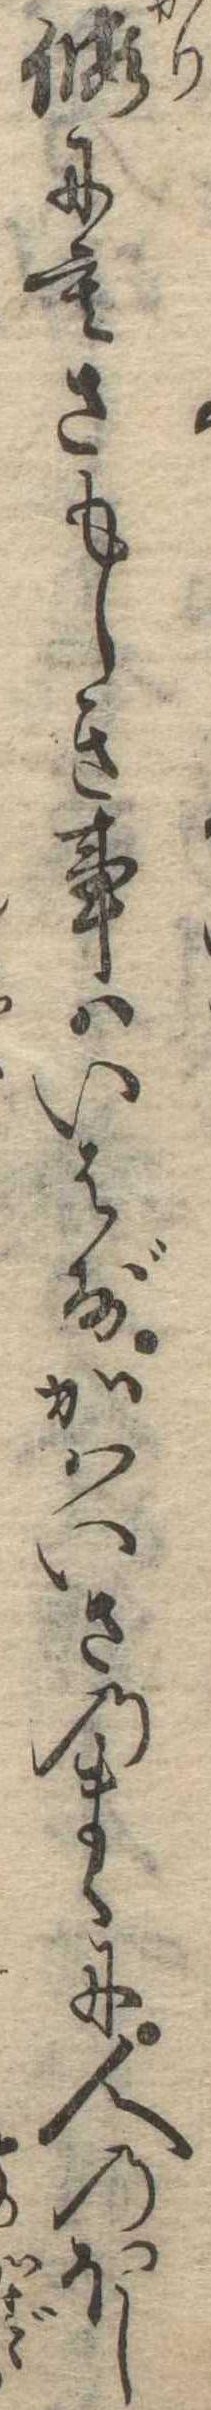
仮にもさもしき事はいはずかはいさのまゝに人のほし